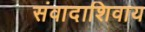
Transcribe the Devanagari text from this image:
संवादाशिवाय